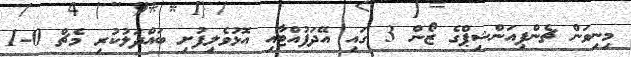
މިނިވަން ޗެންޕިއަންޝިޕްގެ ޒޯން 3 ގައި އޭދަފުއްޓާއި އޮޅުވެލިފުށި ބައްދަލުކުރި މެޗް 0-1